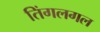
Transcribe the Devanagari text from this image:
तिंगलगल